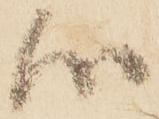
心